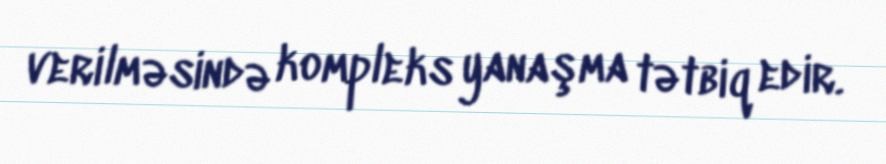
verilməsində kompleks yanaşma tətbiq edir.